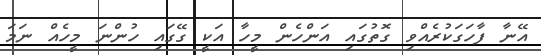
އޭނާ ފާހަގަކުރެއްވި ގޮތުގައި އަންހެން މީހާ އަކީ ގޭގައި ހުންނަ މީހެއް ނަމަ